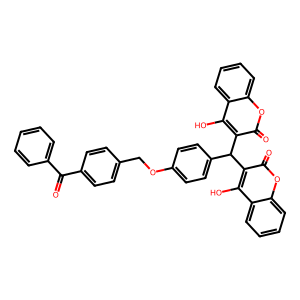
SMILES: O=C(c1ccccc1)c1ccc(COc2ccc(C(c3c(O)c4ccccc4oc3=O)c3c(O)c4ccccc4oc3=O)cc2)cc1
Inhibits HIV replication: No